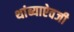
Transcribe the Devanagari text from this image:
थांब्याऐवजी